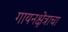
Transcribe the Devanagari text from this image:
गायनक्षेत्राचा